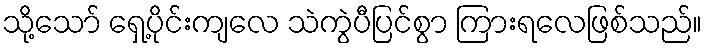
သို့သော် ရှေ့ပိုင်းကျလေ သဲကွဲပီပြင်စွာ ကြားရလေဖြစ်သည်။